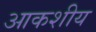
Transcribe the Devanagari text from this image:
आकशीय